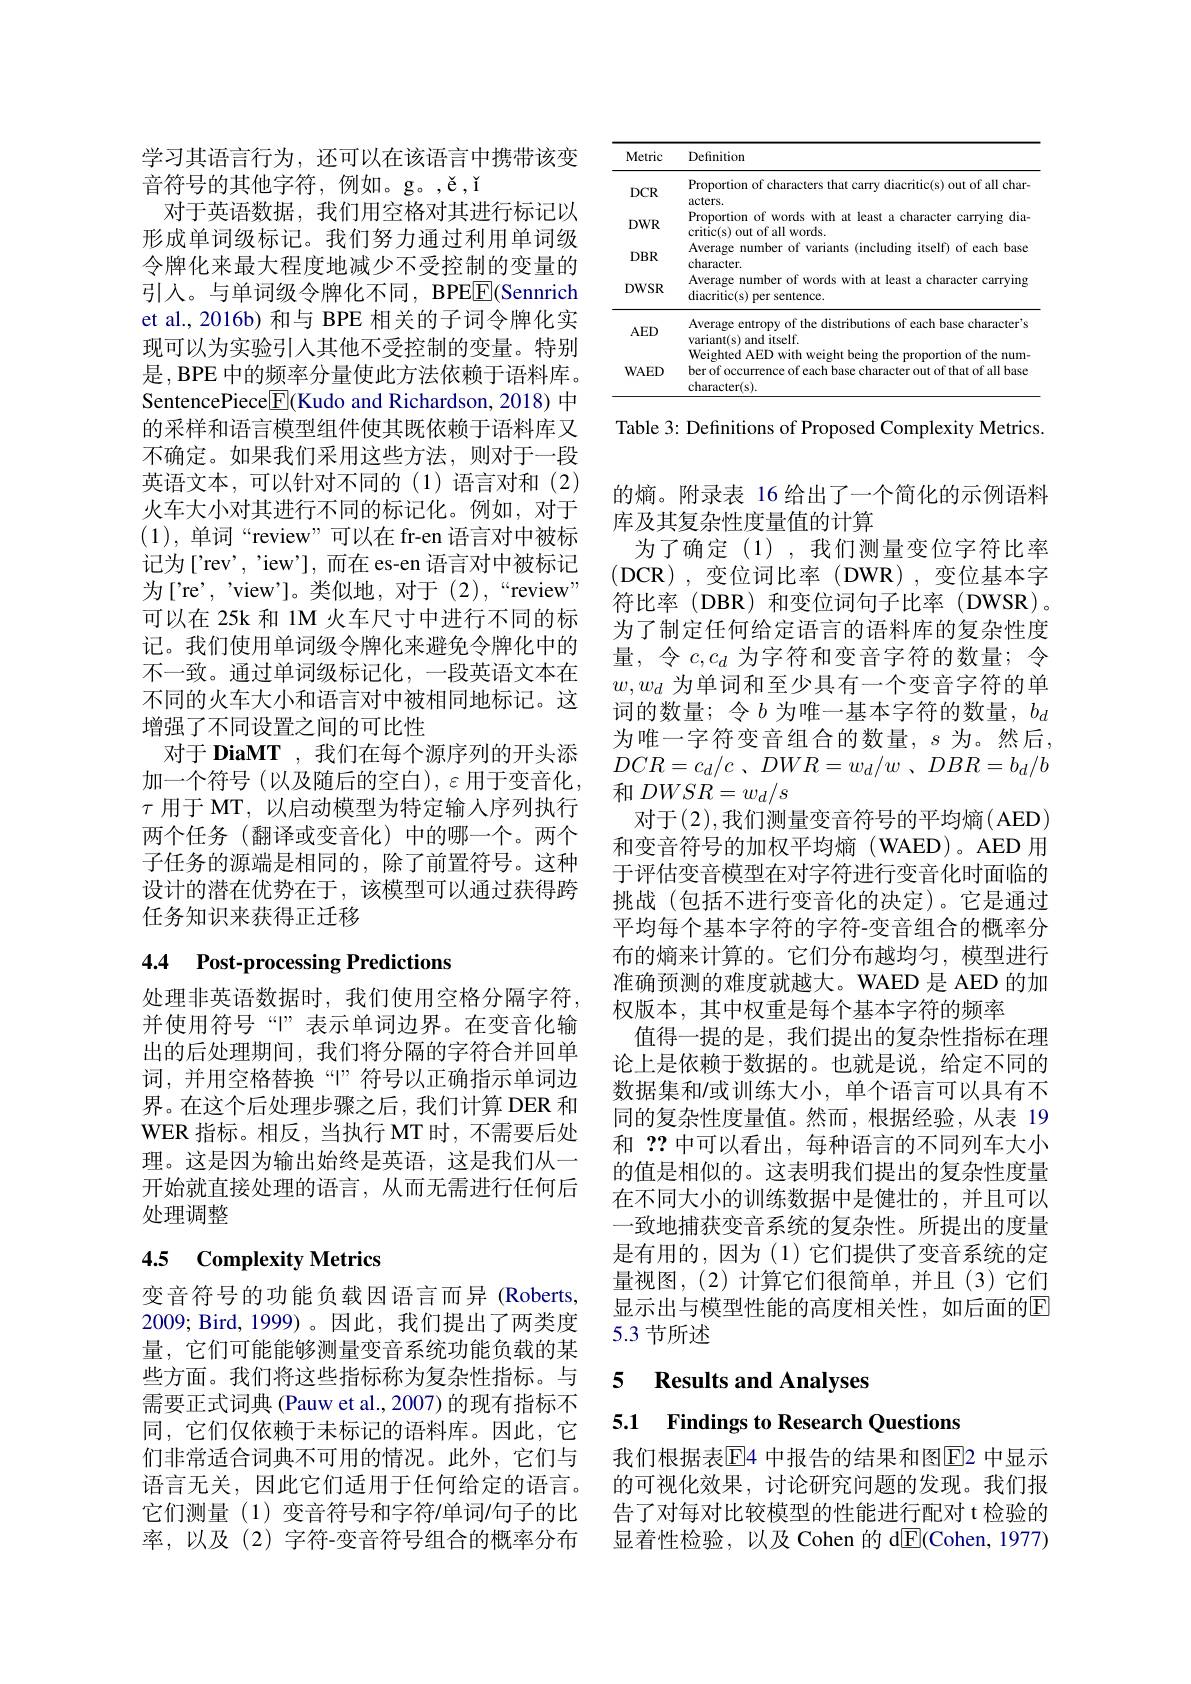
学习其语言行为，还可以在该语言中携带该变
音符号的其他字符，例如。g。,ě,ǐ
对于英语数据，我们用空格对其进行标记以形成单词级标记。我们努力通过利用单词级令牌化来最大程度地减少不受控制的变量的引入。与单词级令牌化不同，BPE$\underline{\mathrm{E}}$(Sennrich et al., 2016b) 和与 BPE 相关的子词令牌化实现可以为实验引入其他不受控制的变量。特别是，BPE 中的频率分量使此方法依赖于语料库。SentencePiece$\boxed{\mathrm{F}}($Kudo and Richardson, 2018) 中的采样和语言模型组件使其既依赖于语料库又不确定。如果我们采用这些方法，则对于一段英语文本，可以针对不同的(1)语言对和(2) 火车大小对其进行不同的标记化。例如，对于(1),单词“review”可以在 fr-en 语言对中被标记为['rev', "iew'],而在 es-en 语言对中被标记为['re',~'view']。类似地，对于(2),“review” 可以在 25k 和 1M 火车尺寸中进行不同的标记。我们使用单词级令牌化来避免令牌化中的不一致。通过单词级标记化，一段英语文本在不同的火车大小和语言对中被相同地标记。这增强了不同设置之间的可比性
对于 DiaMT , 我们在每个源序列的开头添加一个符号(以及随后的空白), $\varepsilon$用于变音化， $\tau$用于 MT, 以启动模型为特定输入序列执行两个任务(翻译或变音化)中的哪一个。两个子任务的源端是相同的，除了前置符号。这种设计的潜在优势在于，该模型可以通过获得跨任务知识来获得正迁移

# 4.4 Post-processing Predictions

处理非英语数据时，我们使用空格分隔字符， 并使用符号“$\" 表示单词边界。在变音化输$ 出的后处理期间，我们将分隔的字符合并回单词，并用空格替换“"符号以正确指示单词边界。在这个后处理步骤之后，我们计算 DER 和WER 指标。相反，当执行 MT 时，不需要后处理。这是因为输出始终是英语，这是我们从一开始就直接处理的语言，从而无需进行任何后处理调整

# 4.5 Complexity Metrics

变音符号的功能负载因语言而异(Roberts, 2009; Bird, 1999)。因此，我们提出了两类度量，它们可能能够测量变音系统功能负载的某需要正式词典 (Pauw et al., 2007) 的现有指标不同，它们仅依赖于未标记的语料库。因此，它们非常适合词典不可用的情况。此外，它们与语言无关，因此它们适用于任何给定的语言。它们测量(1)变音符号和字符/单词/句子的比率，以及(2)字符-变音符号组合的概率分布

<table>
	<tbody>
		<tr>
			<th>Metric</th>
			<th>Definition</th>
		</tr>
		<tr>
			<td>$DCR$</td>
			<td>Proportion of characters that carry diacritic(s) out of all char acters.</td>
		</tr>
		<tr>
			<td>$DWR$</td>
			<td>Proportion of words with at least a character carrying dia critic(s) out of all words.</td>
		</tr>
		<tr>
			<td>$DBR$</td>
			<td>Average number of variants (including itself) of each base character.</td>
		</tr>
		<tr>
			<td>$DWSR$</td>
			<td>Average number of words with at least a character carrying diacritic(s) per sentence.</td>
		</tr>
		<tr>
			<td>$AED$</td>
			<td>Average entropy of the distributions of each base character's variant(s) and itself.</td>
		</tr>
		<tr>
			<td>WAED</td>
			<td>ber of occurrence of each base chara racter out of that of all base character( s) </td>
		</tr>
	</tbody>
</table>

Table 3: Definitions of Proposed Complexity Metrics

的熵。附录表 16 给出了一个简化的示例语料
库及其复杂性度量值的计算
为了确定(1),我们测量变位字符比率(DCR),变位词比率(DWR),变位基本字符比率(DBR)和变位词句子比率(DWSR)。为了制定任何给定语言的语料库的复杂性度量，令$c,c_d$为字符和变音字符的数量；令$w,w_d$为单词和至少具有一个变音字符的单词的数量；令$b$为唯一基本字符的数量，$b_d$ 为唯一字符变音组合的数量，$s$ 为。然后， $DCR= c_{d}/ c$ , $DWR= w_{d}/ w$ , $DBR= b_{d}/ b$ 和$DWSR=w_d/s$
对于(2),我们测量变音符号的平均熵(AED) 和变音符号的加权平均熵(WAED)。AED 用于评估变音模型在对字符进行变音化时面临的挑战(包括不进行变音化的决定)。它是通过平均每个基本字符的字符-变音组合的概率分布的熵来计算的。它们分布越均匀，模型进行准确预测的难度就越大。WAED 是 AED 的加权版本，其中权重是每个基本字符的频率
值得一提的是，我们提出的复杂性指标在理论上是依赖于数据的。也就是说，给定不同的数据集和/或训练大小，单个语言可以具有不同的复杂性度量值。然而，根据经验，从表 19和？?中可以看出，每种语言的不同列车大小的值是相似的。这表明我们提出的复杂性度量在不同大小的训练数据中是健壮的，并且可以一致地捕获变音系统的复杂性。所提出的度量是有用的，因为(1)它们提供了变音系统的定量视图，(2)计算它们很简单，并且(3)它们显示出与模型性能的高度相关性，如后面的$\mathbb{E}$ 5.3 节所述

## 些方面。我们将这些指标称为复杂性指标。与 5 Results and Analvses 5.1 Findings to Research Questions

我们根据表$\overline{\mathrm{E}}$4 中报告的结果和图$\overline{\mathrm{E}}$2 中显示的可视化效果，讨论研究问题的发现。我们报告了对每对比较模型的性能进行配对 t 检验的显着性检验，以及 Cohen 的 d$\overline{\mathrm{E}}($Cohen, 1977)